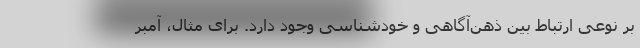
بر نوعی ارتباط بین ذهن‌آگاهی و خودشناسی وجود دارد. برای مثال، آمبر